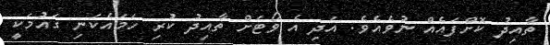
ތާއިދު ކޮށްފައެއް ނުވެއެވެ. އަދި އެ ވޯޓަށް ތާއިދު ކުރި ހަމައެކަނި ގައުމަކީ